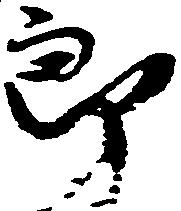
郎